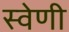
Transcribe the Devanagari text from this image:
स्वेणी